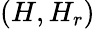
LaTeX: (H,H_{r})